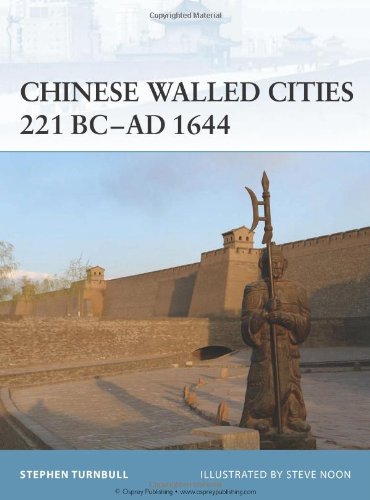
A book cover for Chinese Walled Cities 221 BC-AD 1644 (Fortress); Stephen Turnbull; History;